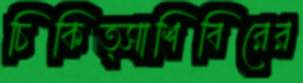
চিকিত্সাশিবিরের